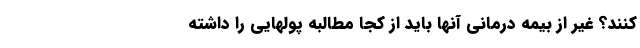
کنند؟ غیر از بیمه درمانی آنها باید از کجا مطالبه پولهایی را داشته